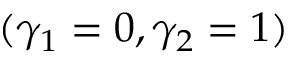
( \gamma _ { 1 } = 0 , \gamma _ { 2 } = 1 )